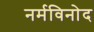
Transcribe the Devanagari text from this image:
नर्मविनोद